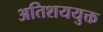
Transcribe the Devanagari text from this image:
अतिशययुक्त